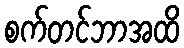
စက်တင်ဘာအထိ